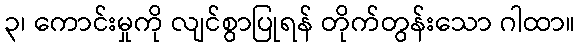
၃၊ ကောင်းမှုကို လျင်စွာပြုရန် တိုက်တွန်းသော ဂါထာ။